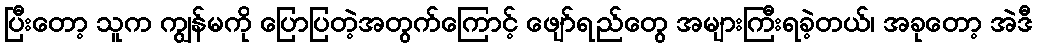
ပြီးတော့ သူက ကျွန်မကို ပြောပြတဲ့အတွက်ကြောင့် ဖျော်ရည်တွေ အများကြီးရခဲ့တယ်၊ အခုတော့ အဲဒီ